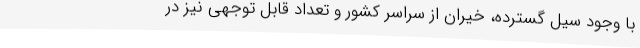
با وجود سیل گسترده، خیران از سراسر کشور و تعداد قابل توجهی نیز در